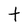
Character: t